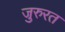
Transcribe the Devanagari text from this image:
जुरुरत